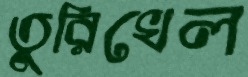
তুরিখেল